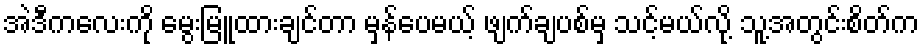
အဲဒီကလေးကို မွေးမြူထားချင်တာ မှန်ပေမယ့် ဖျက်ချပစ်မှ သင့်မယ်လို့ သူ့အတွင်းစိတ်က